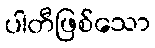
ပါတီဖြစ်သော